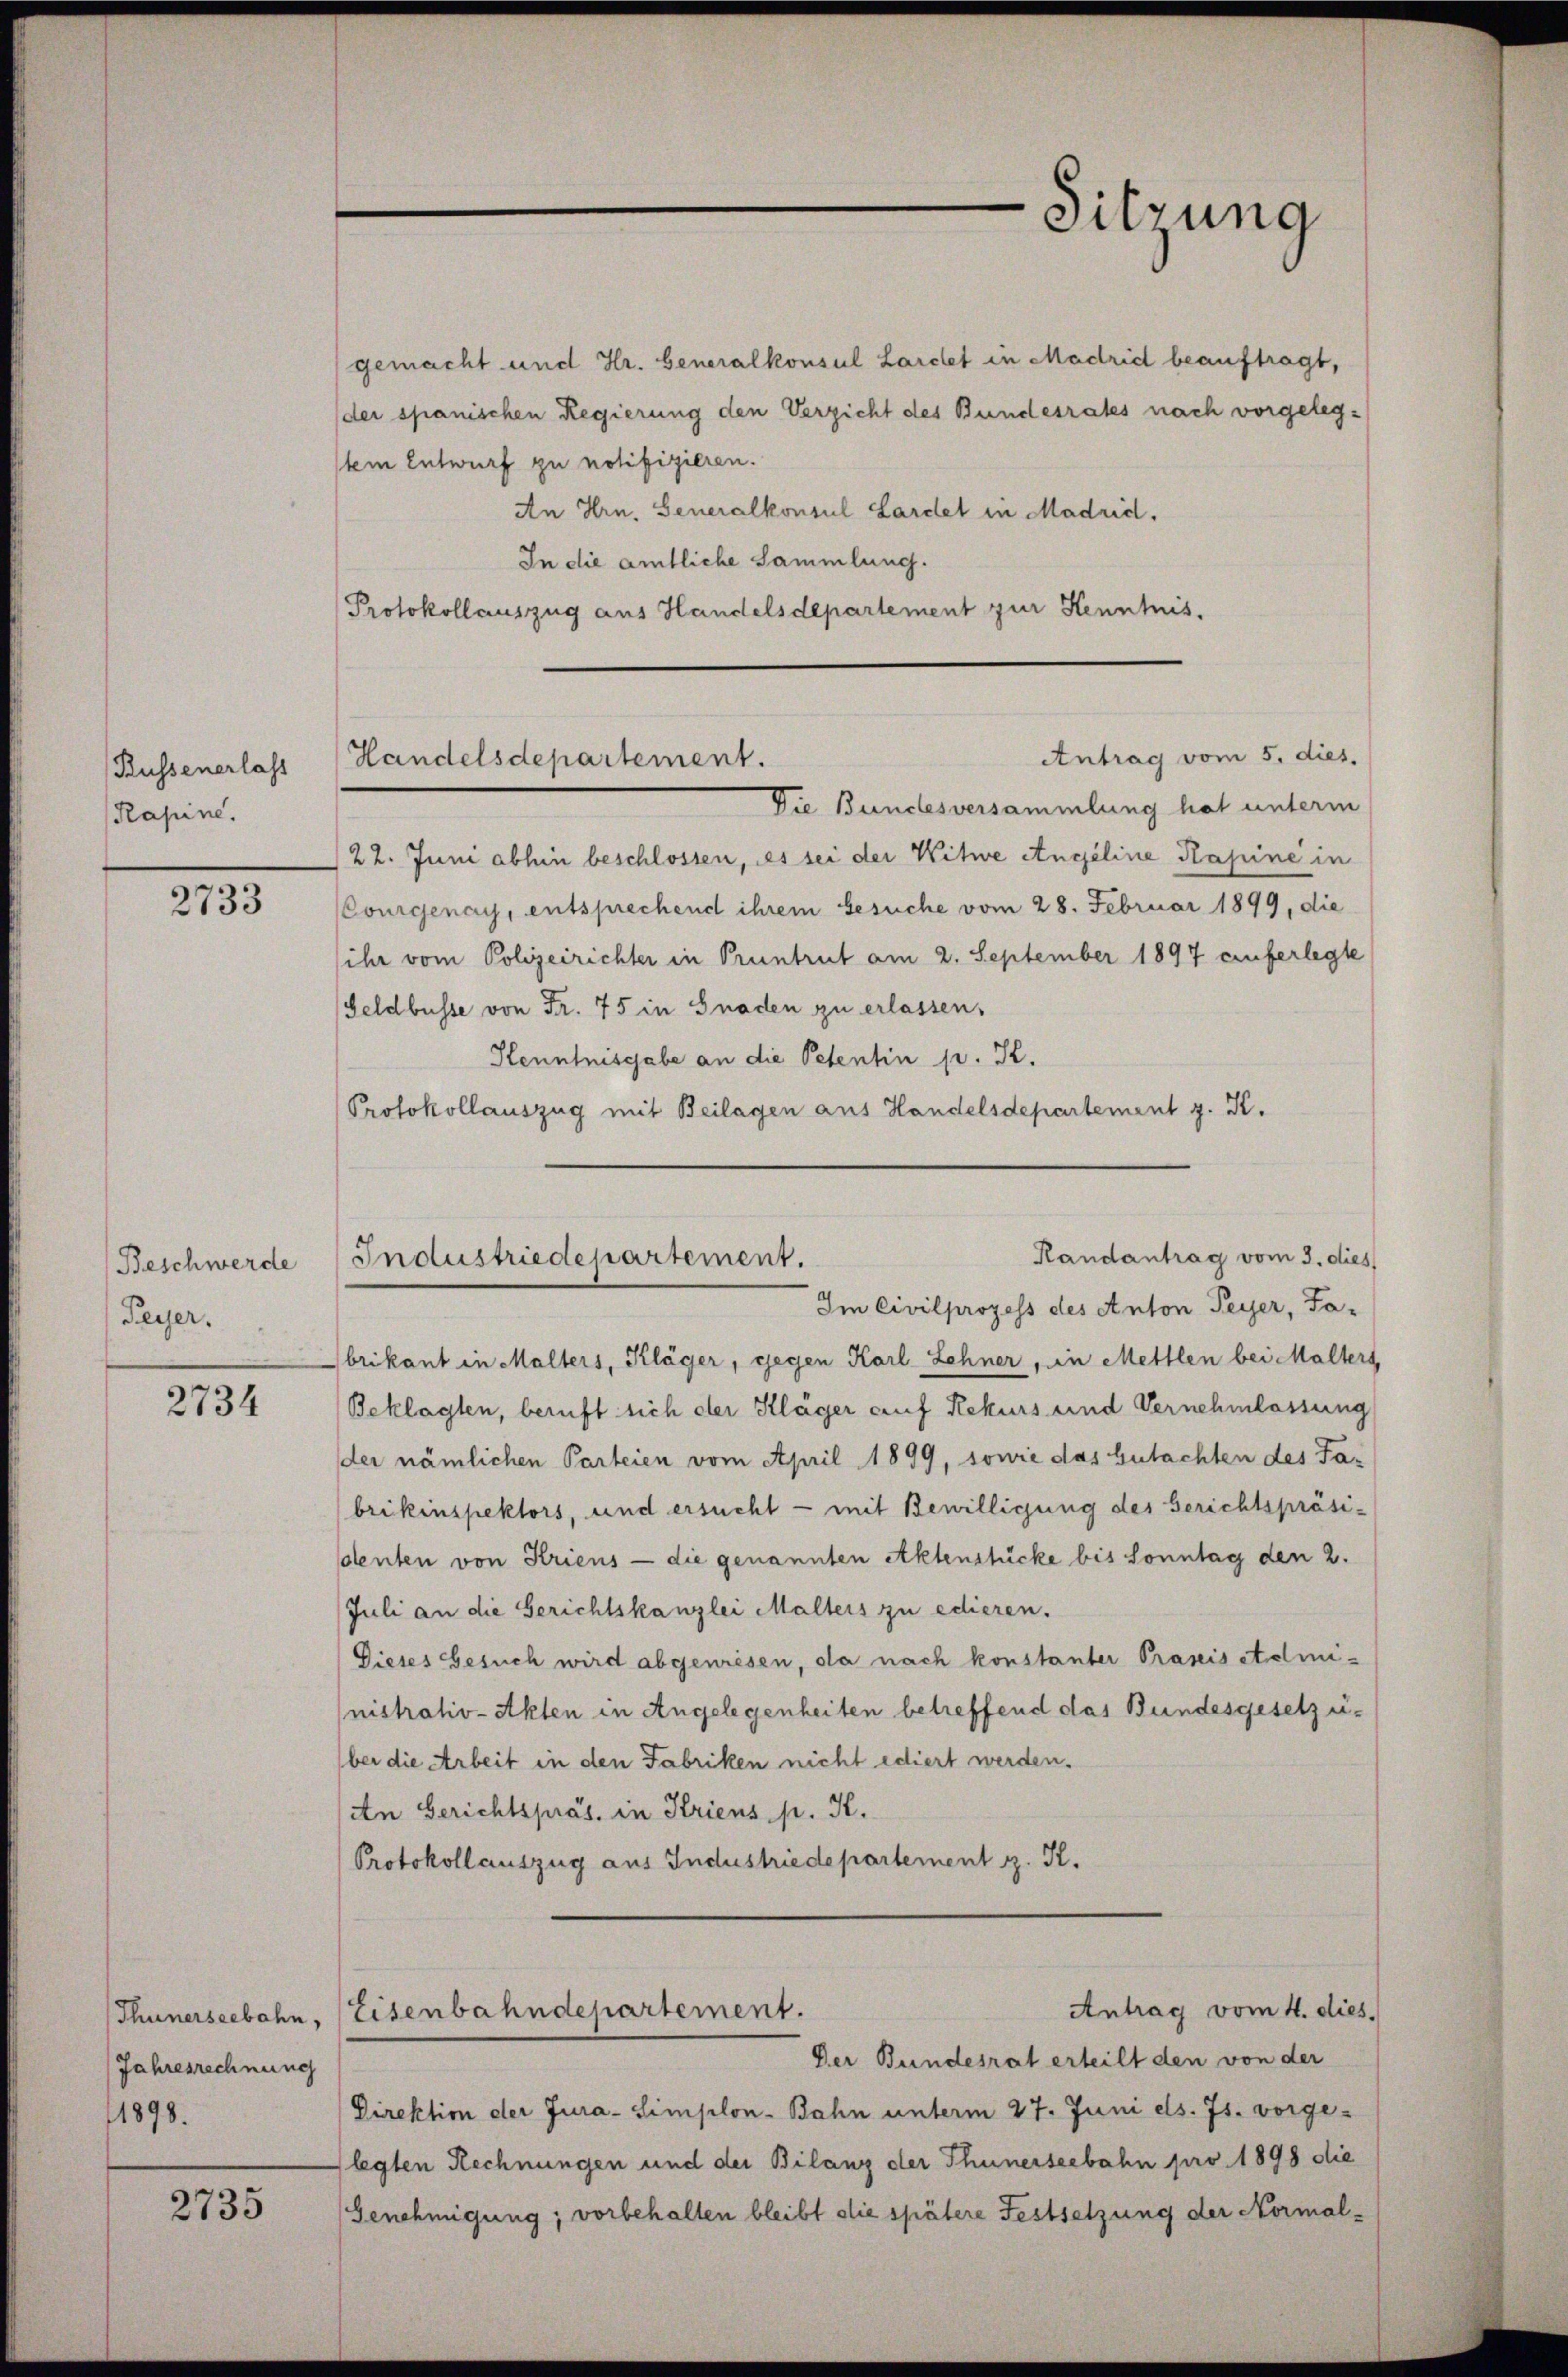
Kussenerlass
Rapine.

2733

Beschwerde
Peyer.

2734

Jahresrechnung
1898.

2735

gemacht und Hr. Generalkonsul Larchet in Madrid beauftragt,
(der spanischen Regierung den Verzicht des Bundesrates nach vorgelegtein Entwurf zu notifizieren.
An Hrn. Generalkonsul Lardel in Madrid.
In die amtliche Sammlung.
Protokollauszug aus Handelsdepartement zur Kenntnis.

22. Juni abhin beschlossen, es sei der Kitwe Angeline Kapine in
Courgenay, entsprechend ihrem besuche vom 28. Februar 1899, die
ihr vom Polizeirichter in Pruntrut am 2. September 1897 auferlegte
Geldbusse von Fr. 75 in Gnaden zu erlassen.
Kenntnisgabe an die Petentin pr. K.
Protokollauszug mit Beilagen aus Handelsdepartement z. K.

Sitzung

Antrag vom 5. dies.
Handelsdepartement.
Die Bundesversammlung hat unterm

Randantrag vom 3. dies
Industriedepartement.
Im Civilprozess des Anton Peyer, Ta-

brikant in Malters, Kläger, gegen Karl Lehner, in Mettlen bei Malters
Beklagten, beruft sich der Kläger auf Rekurs und Vernehmlassung
der nämlichen Parteien vom April 1899, sowie das Gutachten des Fabrikinspektors, und ersucht - mit Bewilligung des Berichtspräsiolenten von Kriens - die genannten Aktenstücke bis Sonntag den 2.
Juli an die Gerichtskanzlei Malters zu edieren.
Dieses Gesuch wird abgewiesen, da nach konstanter Praxis Administrativ-Akten in Angelegenheiten betreffend das Bundesgesetz eibei die Arbeit in den Fabriken nicht ediert werden.
An Gerichtspräs. in Kriens pr. K.
Protokollauszug aus Industriedepartement z. R.

Direktion der Jura-Simplon-Bahn unterm 27. Juni ds. Js. vorgelegten Rechnungen und der Bilanz der Thunerseebahn pro 1898 die
Genehmigung; vorbehalten bleibt die spätere Festsetzung der Normal-

Antrag vom 4. dies.
Thunerseebahn, Eisenbahndepartement.
Der Bundesrat erteilt den von der